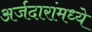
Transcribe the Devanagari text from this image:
अर्जदारांमध्ये